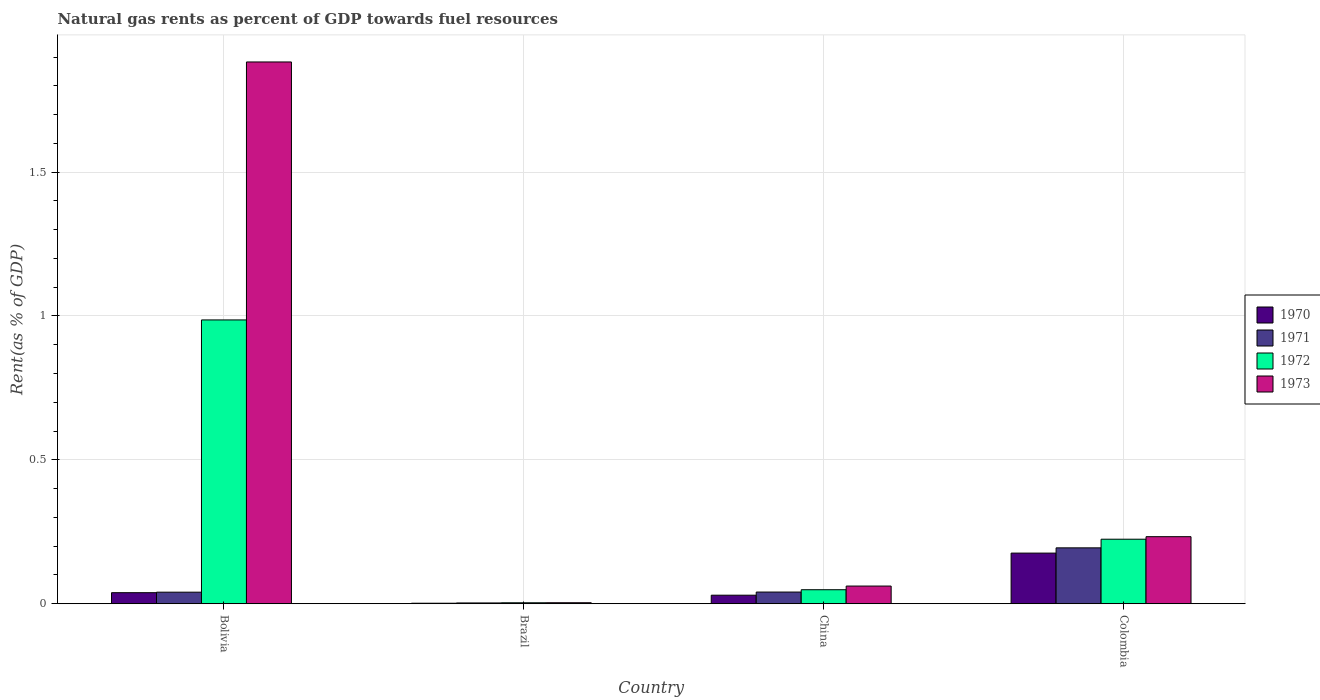
| Country | 1970 | 1971 | 1972 | 1973 |
 | --- | --- | --- | --- | --- |
 | Bolivia | 0.0384 | 0.0401 | 0.986 | 1.88 |
 | Brazil | 0.00178 | 0.00274 | 0.00332 | 0.00349 |
 | China | 0.0296 | 0.0406 | 0.0486 | 0.0614 |
 | Colombia | 0.176 | 0.194 | 0.224 | 0.233 |